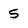
Character: 5